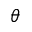
\theta